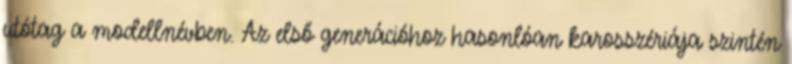
utótag a modellnévben. Az első generációhoz hasonlóan karosszériája szintén